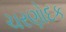
ચરણોદક